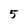
Character: 5